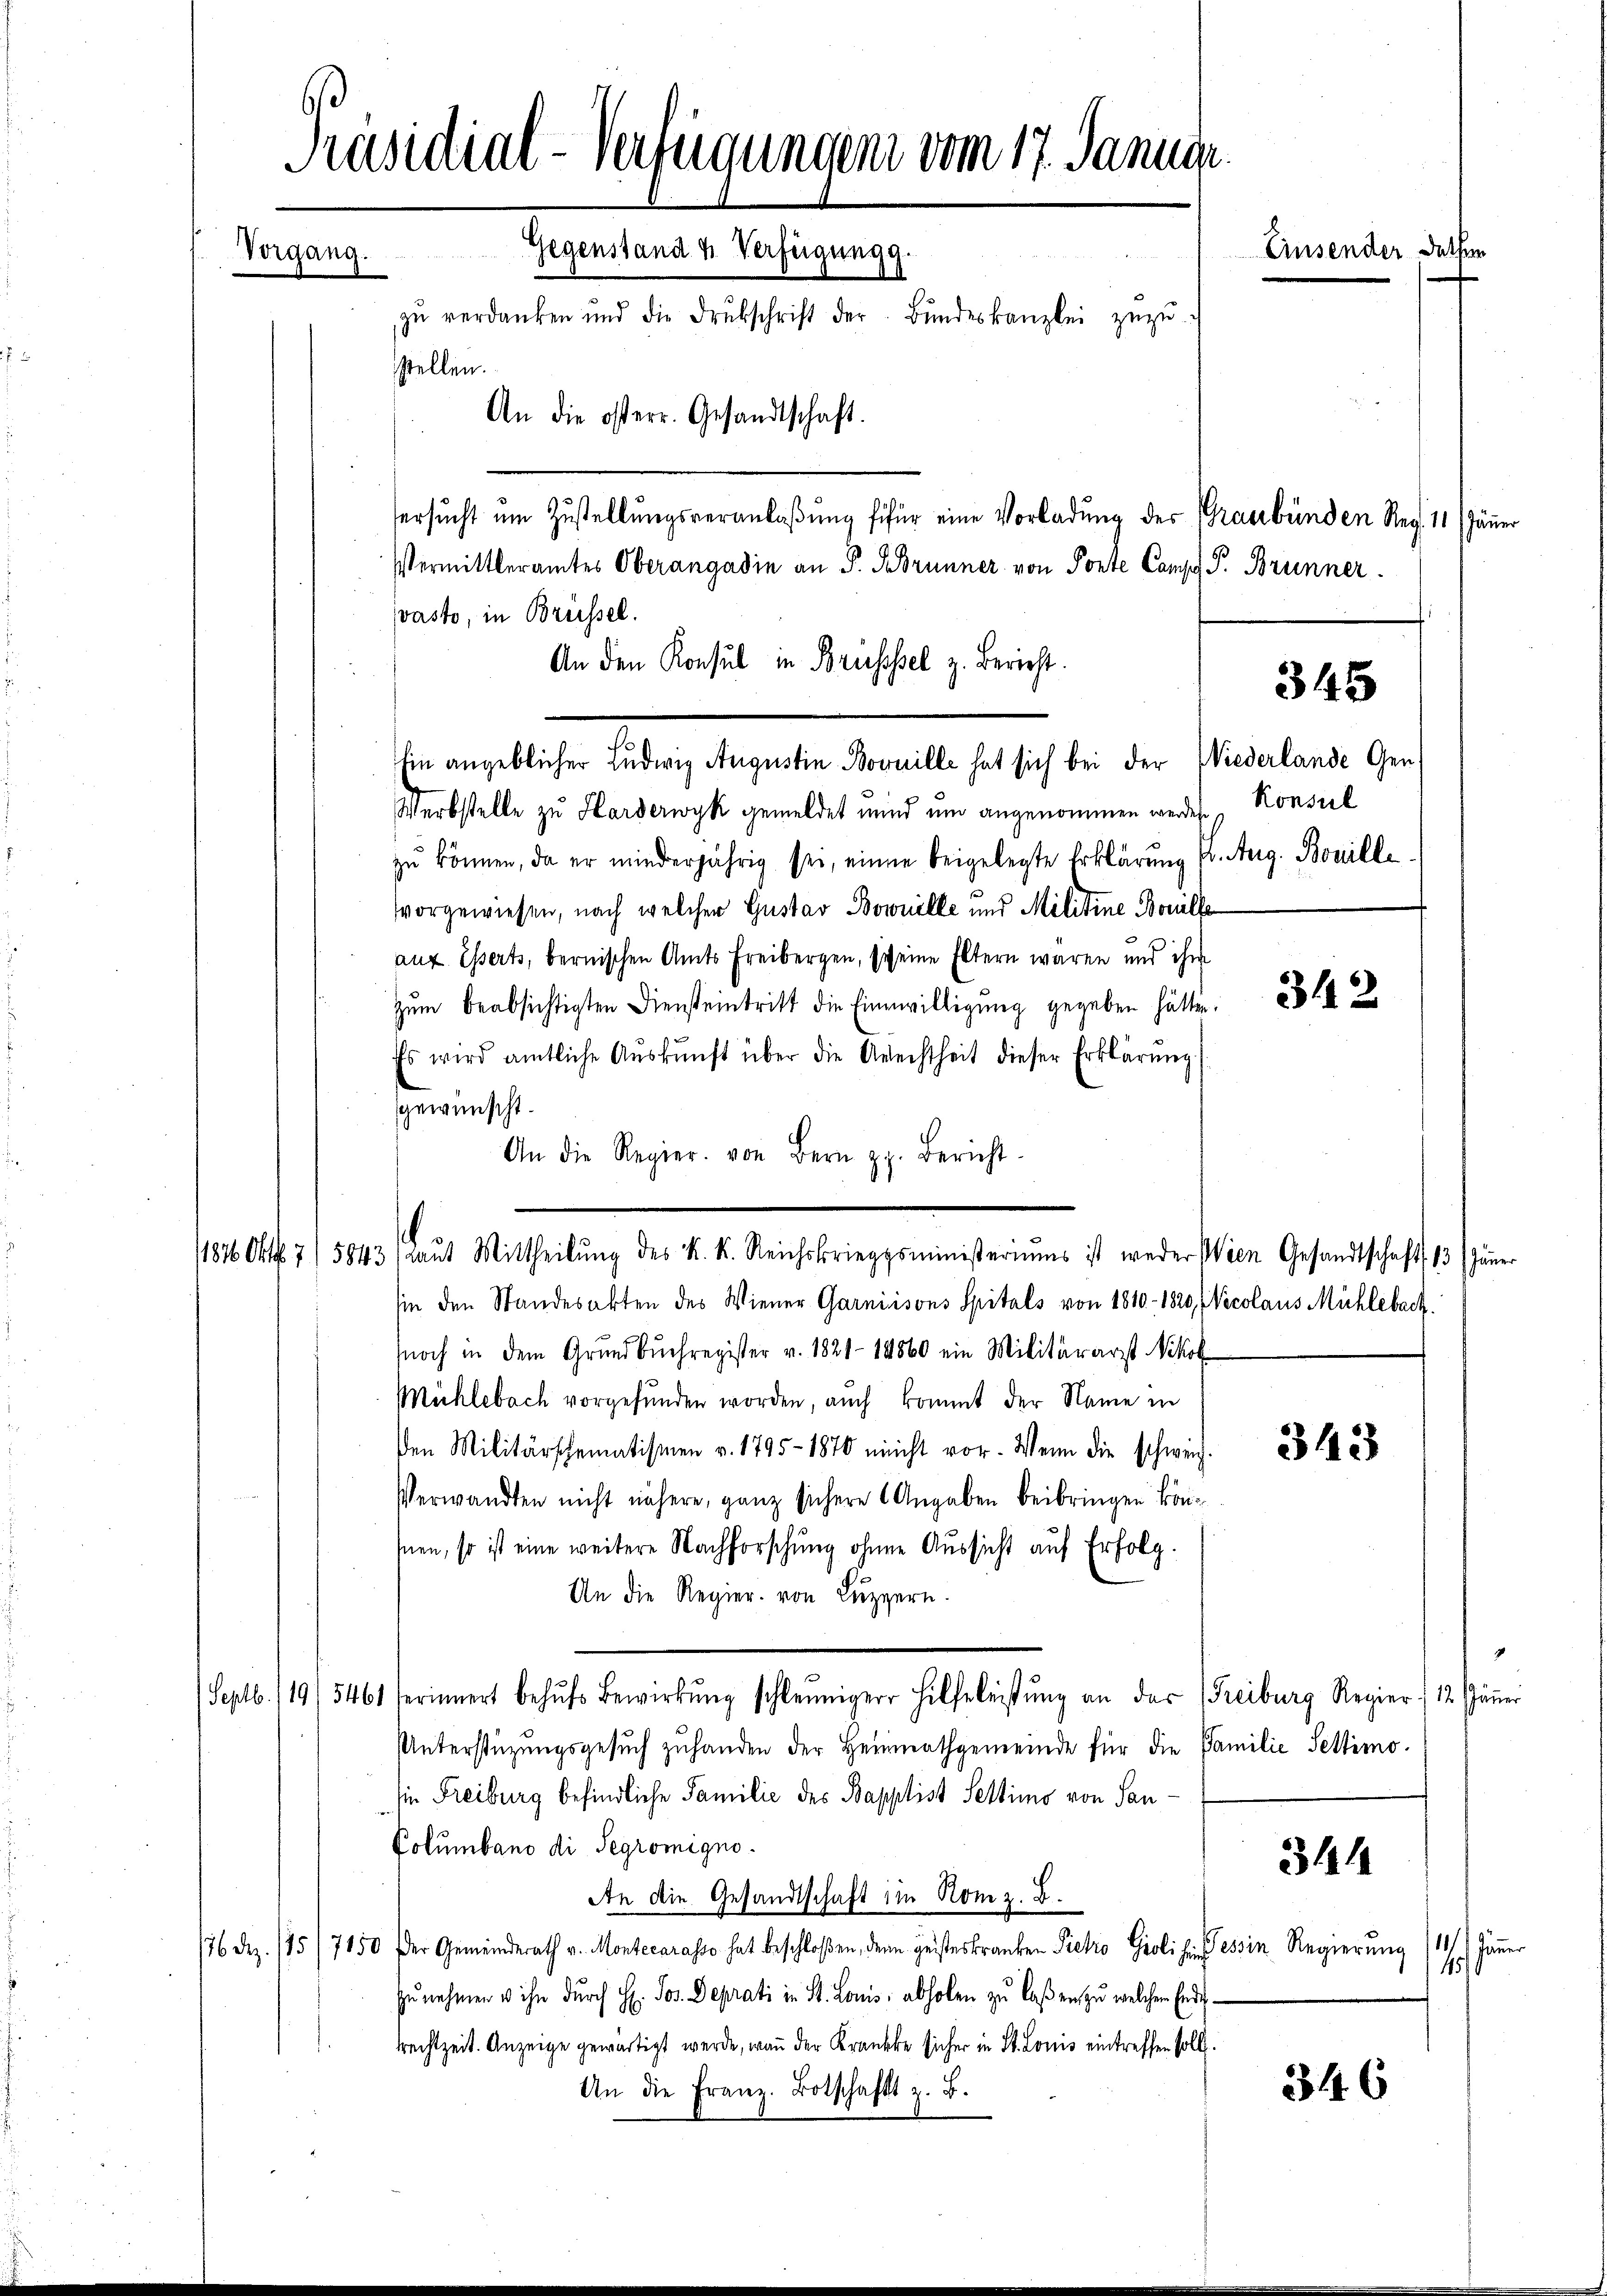
Präsidial-Verfügungens vom 17. Janua
Einsender Dechen
Gegenstand u. Verfügung g
Vorgang.
zŭ verdanken und die Drukschrift der Bŭndeskanzlei zŭzŭ-
stellen.
An die österr. Gesandtschaft.
ersucht um Zustellungsveranlaßung fifür eine Vorladung der Graubünden Reg. 11. Jän

Vermittleramtes Oberangadin an P. Brunner von Ponte Comp. P. Brunner
vasto, in Brüssel.
An den Konsul in Brüsssel z. Bericht.
Ein angeblicher Ludwig Augustin Bovuille hat sich bei der Wiederlande Gen
Werbstelle zu Harderwyk gemeldet mind um angenommen werden.
zŭ können, da er minderjährig sei, einen beigelegte Erklärung fr. Aug. Bonille
vorgewiesen, nach welchen Gustav Bownille und Militine Bouille
aus Esserts, bernischen Amts Freibergen, (weine Eltern wären und ihm
zŭm beabsichtigten Diensteintritt die Einwilligŭng gegeben hätten.
Es wird amtliche Aŭskŭnft über die Arechtheit dieser Erklärung
ineinscht.
An die Regier. von Bern pp. Bericht
sin den Standesakten des Wiener Garniisons Spitals von 1810 - 1820, Nicolaus Mühlebach.
noch in dem Grundbuchregister v. 1821-18860 ein Militärarst Nikol
Mühlebach vorgefunden worden, auch kommt der Name in
den Militärschematismen v. 1795 - 1870 nicht vor. Wenn die schweiz.
Verwandten nicht nähere, ganz sichere Angaben beibringen könsnen, so ist eine weitere Nachforschung ohnen Aussicht auf Erfolg.
An die Regier. von Luzern.
Septb. 119/5461 erinnert behŭfs Bewirkŭng schleuniger Hilfeleistŭng an das (Freiburg Regier, 12. Jänner
Unterstüzungsgesuch zuhanden der Heimathgemeinde für die Familie Settimoie Freiburg befindliche Familie des Bapplist Settimo von San¬
Columbano di Segrömigno
311
An die Gesandtschaft im Rom z. B.
176. Dez. 175 (7150. Der Gemeinderath v. Montecarasso hat beschloßen, denn geisteskranken Pietro Gioli si essin Regierŭng /11/1 Jänner
15
zunehmen u ihn durch H. Jos. Deprati in St. Louis, abholen zu laßen zu welchen Endirrechtzeit. Anzeige gewärtigt werde, wann der Krankte sicher in St. Louis eintreffen soll.
An die Franz. Botschaft z. B.
346

1846 Oktb. 7/5843, Laŭt Mittheilŭng des K. K. Reichskriegsministeriums ist weder Wien Gesandtschaft 13 Jäner

345

Konsul